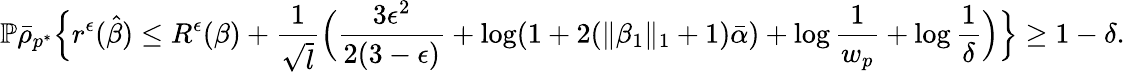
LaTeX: \mathbb{P}\bar{\rho}_{p^{*}}\Big\{ r^{\epsilon}(\hat{\beta})\leq R^{\epsilon}(\beta)+\frac{1}{\sqrt{l}}\Big(\frac{3\epsilon^{2}}{2(3-\epsilon)}+\log(1+2(\| \beta_{1}\| _{1}+1)\bar{\alpha})+\log\frac{1}{w_{p}}+\log\frac{1}{\delta}\Big)\Big\} \geq 1-\delta.